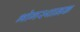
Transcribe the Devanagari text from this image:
भोगस्थानक